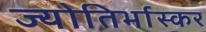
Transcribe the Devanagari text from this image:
ज्योतिर्भास्कर